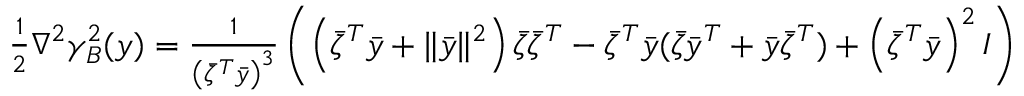
\begin{array} { r } { \frac { 1 } { 2 } \nabla ^ { 2 } \gamma _ { B } ^ { 2 } ( y ) = \frac { 1 } { \left( \bar { \zeta } ^ { T } \bar { y } \right) ^ { 3 } } \left( \left( \bar { \zeta } ^ { T } \bar { y } + \| \bar { y } \| ^ { 2 } \right) \bar { \zeta } \bar { \zeta } ^ { T } - \bar { \zeta } ^ { T } \bar { y } ( \bar { \zeta } \bar { y } ^ { T } + \bar { y } \bar { \zeta } ^ { T } ) + \left( \bar { \zeta } ^ { T } \bar { y } \right) ^ { 2 } I \right) } \end{array}